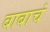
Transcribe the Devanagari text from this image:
बाबाचं